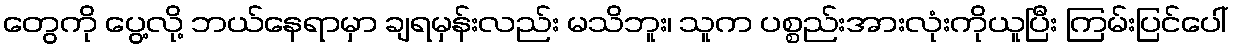
တွေကို ပွေ့လို့ ဘယ်နေရာမှာ ချရမှန်းလည်း မသိဘူး၊ သူက ပစ္စည်းအားလုံးကိုယူပြီး ကြမ်းပြင်ပေါ်